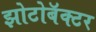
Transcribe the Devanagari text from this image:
झोटोबॅक्टर